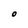
Character: O